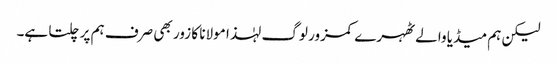
لیکن ہم میڈیا والے ٹھہرے کمزور لوگ لہٰذا مولانا کا زور بھی صرف ہم پر چلتا ہے۔